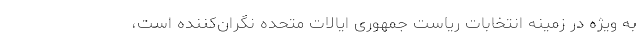
به ویژه در زمینه انتخابات ریاست جمهوری ایالات متحده نگران‌کننده است،